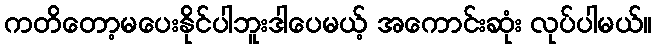
ကတိတော့မပေးနိုင်ပါဘူးဒါပေမယ့် အကောင်းဆုံး လုပ်ပါမယ်။